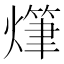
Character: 𤏫